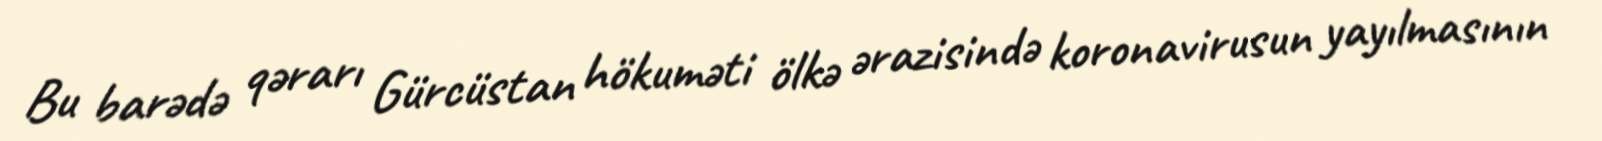
Bu barədə qərarı Gürcüstan hökuməti ölkə ərazisində koronavirusun yayılmasının